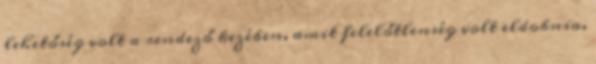
lehetőség volt a rendező kezében, amit felelőtlenség volt eldobnia.